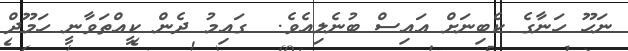
ނަހޫ ހަނާގެ ކެބިނަށް އައިސް ބުނެލިއެެވެ.  ގައިމު ދެން ކީއްތަވާނީ ހަމޫދް